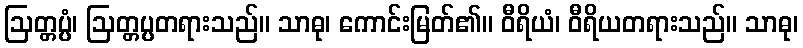
ဩတ္တပ္ပံ၊ ဩတ္တပ္ပတရားသည်။ သာဓု၊ ကောင်းမြတ်၏။ ဝီရိယံ၊ ဝီရိယတရားသည်။ သာဓု၊